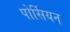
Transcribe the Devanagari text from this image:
पोर्सियन